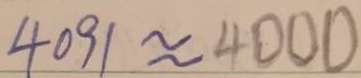
4 0 9 1 \approx 4 0 0 0